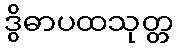
ဒွိဓာပထသုတ္တ